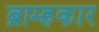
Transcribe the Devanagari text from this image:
ब्राम्हकार